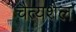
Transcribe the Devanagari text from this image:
चैत्यशैल